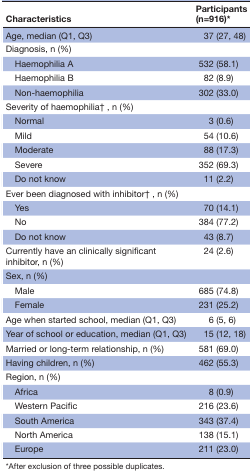
<table><thead><tr><td><b>Characteristics</b></td><td><b>Participants (n=916)*</b></td></tr></thead><tbody><tr><td>Age, median (Q1, Q3)</td><td>37 (27, 48)</td></tr><tr><td>Diagnosis, n (%)</td><td></td></tr><tr><td> Haemophilia A</td><td>532 (58.1)</td></tr><tr><td> Haemophilia B</td><td>82 (8.9)</td></tr><tr><td> Non-haemophilia</td><td>302 (33.0)</td></tr><tr><td>Severity of haemophilia†, n (%)</td><td></td></tr><tr><td> Normal</td><td>3 (0.6)</td></tr><tr><td> Mild</td><td>54 (10.6)</td></tr><tr><td> Moderate</td><td>88 (17.3)</td></tr><tr><td> Severe</td><td>352 (69.3)</td></tr><tr><td> Do not know</td><td>11 (2.2)</td></tr><tr><td>Ever been diagnosed with inhibitor†, n (%)</td><td></td></tr><tr><td> Yes</td><td>70 (14.1)</td></tr><tr><td> No</td><td>384 (77.2)</td></tr><tr><td> Do not know</td><td>43 (8.7)</td></tr><tr><td>Currently have an clinically significant inhibitor, n (%)</td><td>24 (2.6)</td></tr><tr><td>Sex, n (%)</td><td></td></tr><tr><td> Male</td><td>685 (74.8)</td></tr><tr><td> Female</td><td>231 (25.2)</td></tr><tr><td>Age when started school, median (Q1, Q3)</td><td>6 (5, 6)</td></tr><tr><td>Year of school or education, median (Q1, Q3)</td><td>15 (12, 18)</td></tr><tr><td>Married or long-term relationship, n (%)</td><td>581 (69.0)</td></tr><tr><td>Having children, n (%)</td><td>462 (55.3)</td></tr><tr><td>Region, n (%)</td><td></td></tr><tr><td> Africa</td><td>8 (0.9)</td></tr><tr><td> Western Pacific</td><td>216 (23.6)</td></tr><tr><td> South America</td><td>343 (37.4)</td></tr><tr><td> North America</td><td>138 (15.1)</td></tr><tr><td> Europe</td><td>211 (23.0)</td></tr></tbody></table>